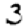
Digit: 3